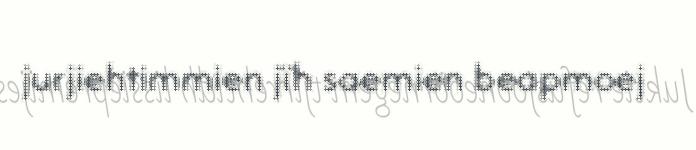
jurjiehtimmien jïh saemien beapmoej